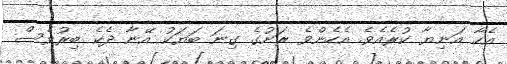
އެހާ އަނިޔާ ކުރެއެވެ. އެހެންވެ ރަށުގެ ގިނަ ބަޔަކު އޭނާ ދެކެ ބިރުވެސް